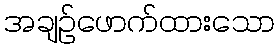
အချဉ်ဖောက်ထားသော